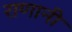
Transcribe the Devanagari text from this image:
राणानी